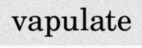
vapulate